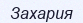
Захария